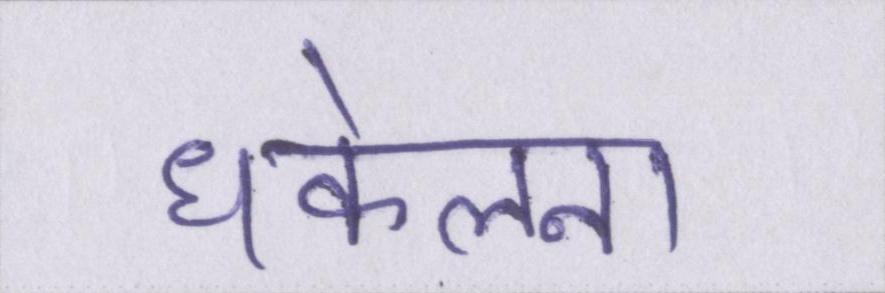
धकेलना